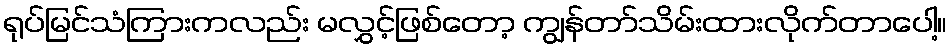
ရုပ်မြင်သံကြားကလည်း မလွှင့်ဖြစ်တော့ ကျွန်တာ်သိမ်းထားလိုက်တာပေါ့။